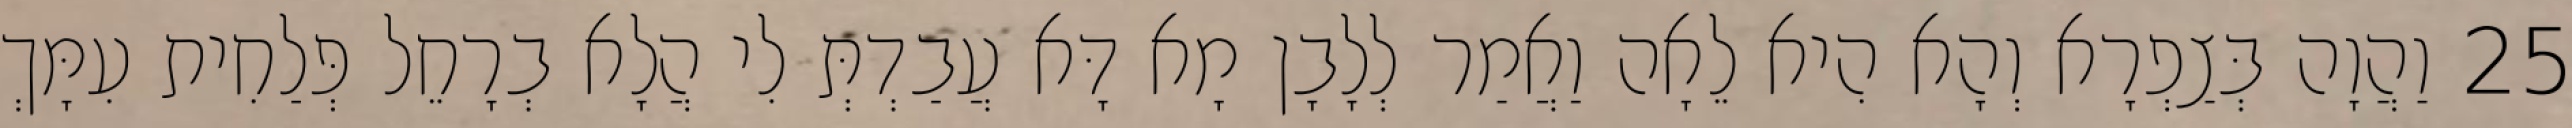
25 וַהֲוָה בְּצַפְרָא וְהָא הִיא לֵאָה וַאֲמַר לְלָבָן מָא דָּא עֲבַדְתְּ לִי הֲלָא בְרָחֵל פְּלַחִית עִמָּךְ